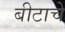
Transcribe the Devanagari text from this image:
बीटाचे